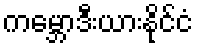
ကမ္ဘောဒီးယားနိုင်ငံ